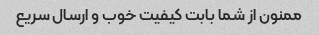
ممنون از شما بابت کیفیت خوب و ارسال سریع